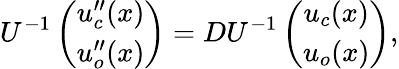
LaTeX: U^{-1}\left(\begin{array}{c}{u_{c}^{\prime\prime}(x)}\\ {u_{o}^{\prime\prime}(x)}\end{array}\right)=DU^{-1}\left(\begin{array}{c}{u_{c}(x)}\\ {u_{o}(x)}\end{array}\right),